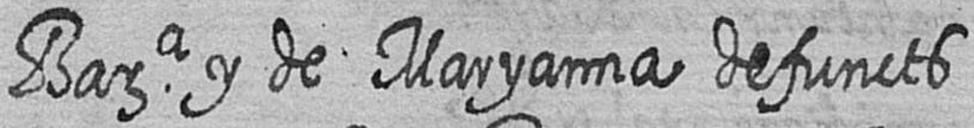
Bara y de Maryanna defuncts